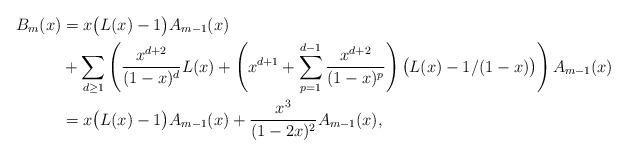
LaTeX: \begin{align*}B_m(x)&=x\big(L(x)-1\big)A_{m-1}(x)\\&+\sum_{d\geq1}\left(\frac{x^{d+2}}{(1-x)^d}L(x)+\left(x^{d+1}+\sum_{p=1}^{d-1}\frac{x^{d+2}}{(1-x)^p}\right)\big(L(x)-1/(1-x)\big)\right)A_{m-1}(x)\\&=x\big(L(x)-1\big)A_{m-1}(x)+\frac{x^3}{(1-2x)^2}A_{m-1}(x),\end{align*}